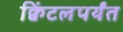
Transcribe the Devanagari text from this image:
क्विंटलपर्यंत